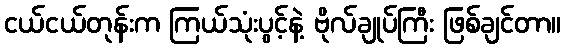
ငယ်ငယ်တုန်းက ကြယ်သုံးပွင့်နဲ့ ဗိုလ်ချုပ်ကြီး ဖြစ်ချင်တာ။